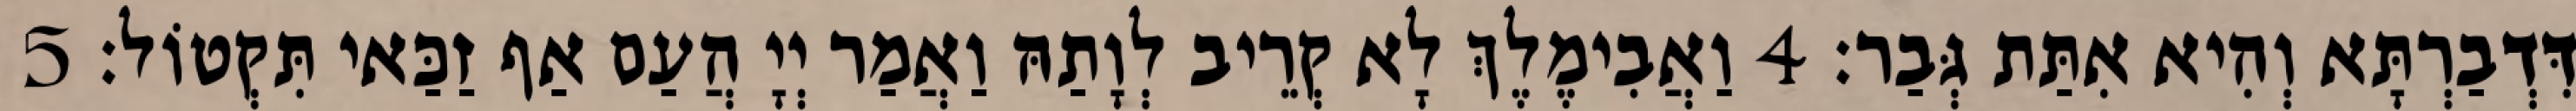
דִּדְבַרְתָּא וְהִיא אִתַּת גְּבַר׃ 4 וַאֲבִימֶלֶךְ לָא קְרֵיב לְוָתַהּ וַאֲמַר יְיָ הֲעַם אַף זַכַּאי תִּקְטוֹל׃ 5